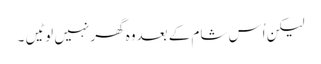
لیکن اُس شام کے بعدوہ گھر نہیں لوٹیں ۔